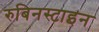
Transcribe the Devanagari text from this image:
रुबिनस्टाइन